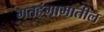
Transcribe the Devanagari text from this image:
गतहंगामातील